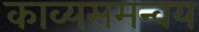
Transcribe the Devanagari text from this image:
काव्यसमन्वय